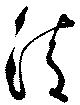
淸